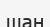
шан